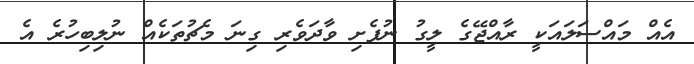
އެއް މައްސަލައަކީ ރާއްޖޭގެ ލީގު ނުފެށި ވާދަވެރި ގިނަ މެޗުތަކެއް ނުލިބިހުރެ އެ